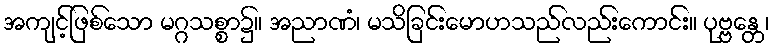
အကျင့်ဖြစ်သော မဂ္ဂသစ္စာ၌။ အညာဏံ၊ မသိခြင်းမောဟသည်လည်းကောင်း။ ပုဗ္ဗန္တေ၊